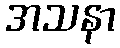
အသနာ